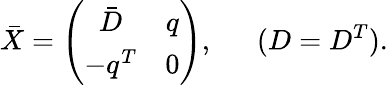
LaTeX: \bar{X}=\left(\begin{array}{cc}{{\bar{D}}}&{{q}}\\ {{-q^{T}}}&{{0}}\end{array}\right),~~~~~~(D=D^{T}).